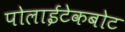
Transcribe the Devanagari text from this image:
पोलाईटेकबोट